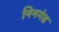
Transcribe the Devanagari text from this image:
निनगंड